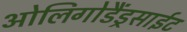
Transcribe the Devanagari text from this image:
ओलिगोडैंड्रसाईट